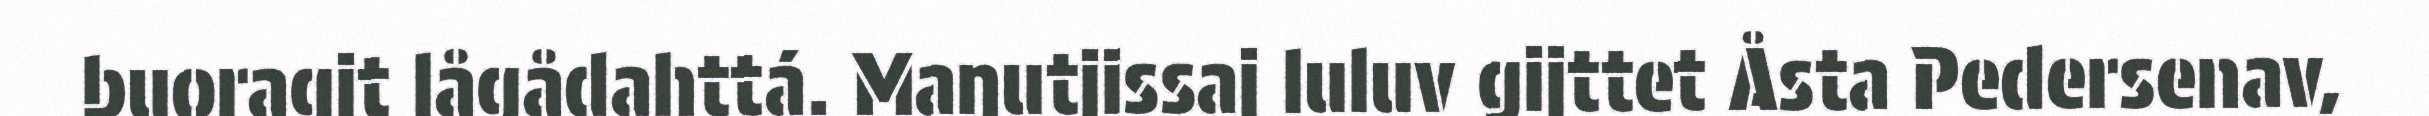
buoragit lågådahttá. Maŋutjissaj luluv gijttet Åsta Pedersenav,